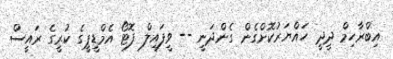
އިބްރާހިމް ދީދީ ހައްޔަރުކޮށްގެން ގެންދަނީ -- ވީފައިލް ފޮޓޯ އެމްޑީޕީގެ ކުރީގެ ރައީސް